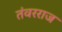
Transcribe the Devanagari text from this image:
तंवरराज